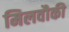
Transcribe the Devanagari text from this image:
मिलवौकी